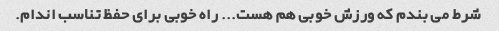
شرط می بندم که ورزش خوبی هم هست... راه خوبی برای حفظ تناسب اندام.